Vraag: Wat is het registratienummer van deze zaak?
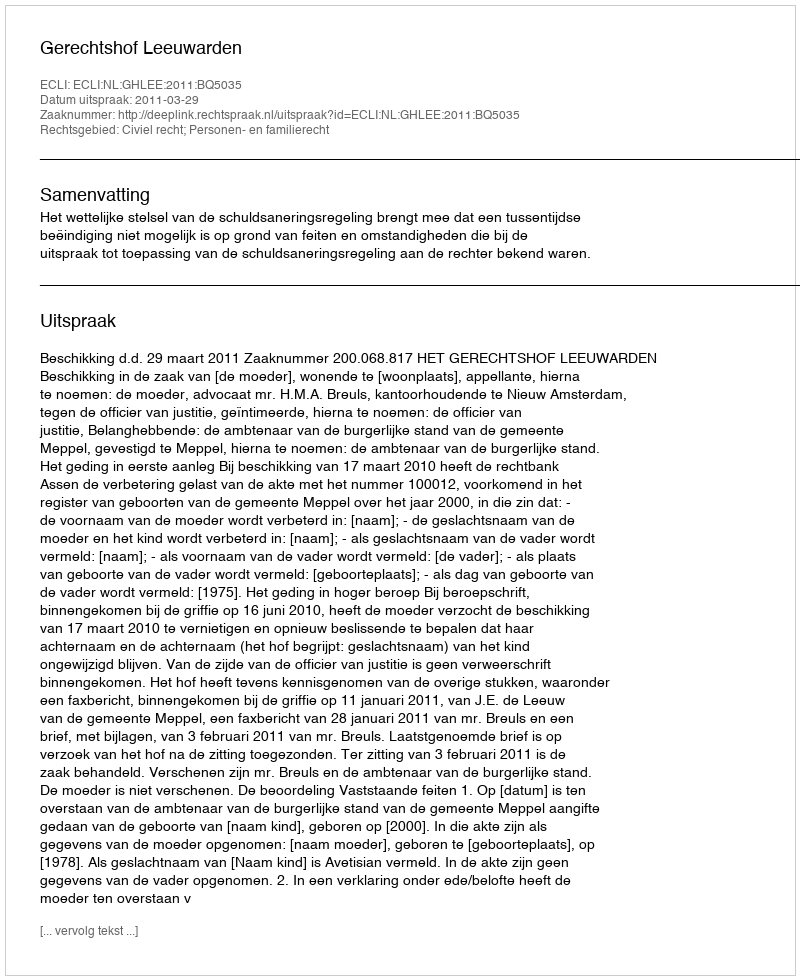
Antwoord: http://deeplink.rechtspraak.nl/uitspraak?id=ECLI:NL:GHLEE:2011:BQ5035